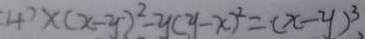
4 0 x ( x - y ) ^ { 2 } - y ( y - x ) ^ { 2 } = ( x - y ) ^ { 3 } ,